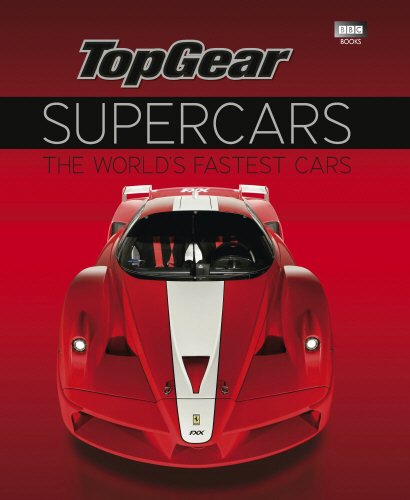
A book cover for Top Gear Supercars: The World's Fastest Cars; Top Gear Motoring Association; Engineering & Transportation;